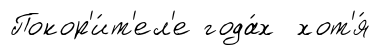
Покор'и́т'ел'е года́х хот'я́